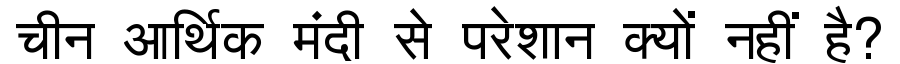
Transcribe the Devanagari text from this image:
चीन आर्थिक मंदी से परेशान क्यों नहीं है?